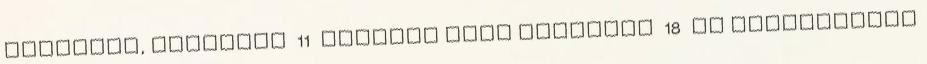
JAKUZZIK, MEDENCÉK 11 ALLSEAS SPAS MEDENCÉK 18 FA FÜRDŐDÉZSÁK